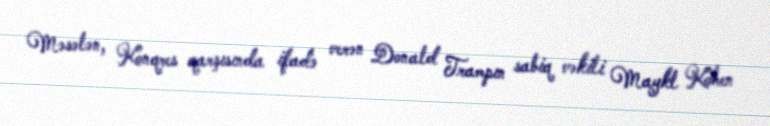
Məsələn, Konqres qarşısında ifadə verən Donald Trampın sabiq vəkili Maykl Kohen